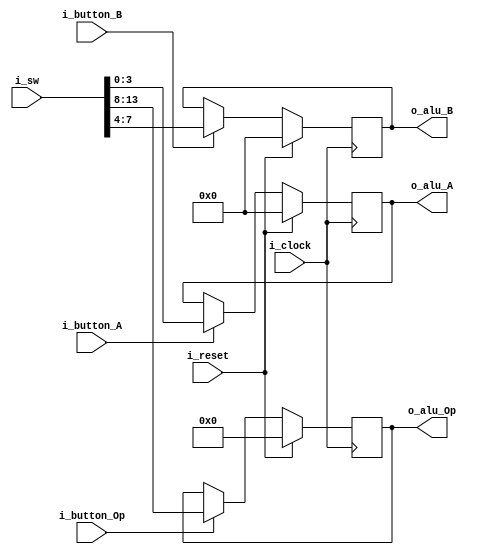
/**
    ALU Input Control
    Este modulo gestiona las entradas de la ALU, usando
    los switches de la pieza. Se utilizan 4 (o hasta 5) bits
    para los operandos de la ALU y 6 bits para definir la 
    operacin que se realizar.
    Adems, tenemos 3 botones para actualizar los valores
    mencionados, luego de que se haga un cambio en los switches.
**/

module alu_input_ctrl
    #(
        // Parameters
        parameter N_SW = 14,
        parameter N_OP = 6,
        parameter N_OPERANDS = 4
    )(
        // Inputs
        input                           i_clock,
        input                           i_reset,
        input [N_SW-1 : 0]              i_sw,
        input                           i_button_A,
        input                           i_button_B,
        input                           i_button_Op,
        // Outputs
        output [N_OPERANDS-1 : 0]       o_alu_A,
        output [N_OPERANDS-1 : 0]       o_alu_B,
        output [N_OP-1 : 0]             o_alu_Op
    );

    // Registers to store values
    reg [N_OPERANDS-1 : 0] stored_A;
    reg [N_OPERANDS-1 : 0] stored_B;
    reg [N_OP-1 : 0] stored_Op;


    // Update values on button presses
    always @(posedge i_clock) 
    begin
        //! Reset
        if(i_reset)
        begin
            stored_A <= {N_OPERANDS {1'b0}};
            stored_B <= {N_OPERANDS {1'b0}};
            stored_Op <= {N_OP {1'b0}};
        end
        else
        begin
            //! Save Values
            if (i_button_A) 
                stored_A <= i_sw[N_OPERANDS-1 : 0];
            if (i_button_B) 
                stored_B <= i_sw[(N_OPERANDS*2)-1 : N_OPERANDS];
            if (i_button_Op) 
                stored_Op <= i_sw[N_SW-1 : (N_SW - N_OP)];
        end
    end

    // Connect input sw to alu inputs
    assign o_alu_A = stored_A;
    assign o_alu_B = stored_B;
    assign o_alu_Op = stored_Op;

endmodule